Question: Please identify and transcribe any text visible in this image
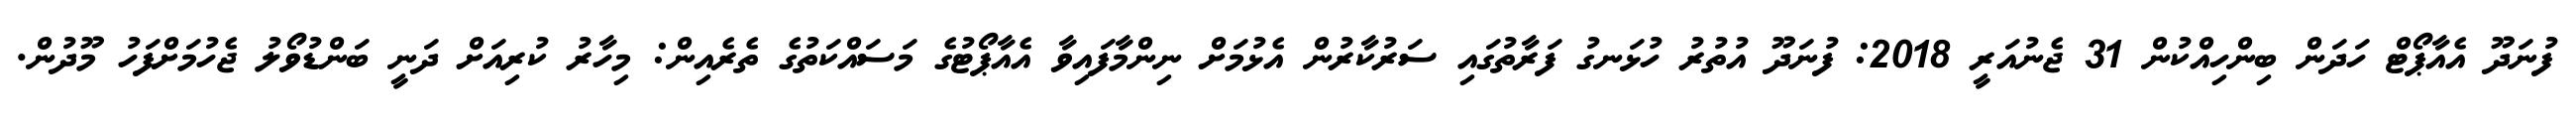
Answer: ފުނަދޫ އެއާޕޯޓް ހަދަން ބިންހިއްކުން 31 ޖެނުއަރީ 2018: ފުނަދޫ އުތުރު ހުޅަނގު ފަރާތުގައި ސަރުކާރުން އެޅުމަށް ނިންމާފައިވާ އެއާޕޯޓުގެ މަސައްކަތުގެ ތެރެއިން: މިހާރު ކުރިއަށް ދަނީ ބަންޑުވޯލު ޖެހުމަށްފަހު މޫދުން.